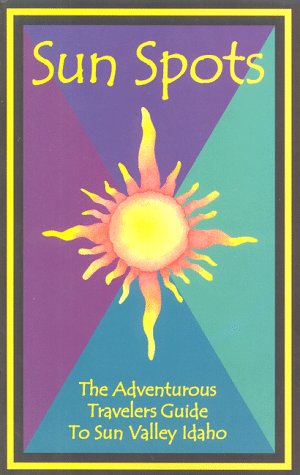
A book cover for Sun Spots: The Adventurous Travelers Guide To Sun Valley, Idaho; Greg McRoberts; Travel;